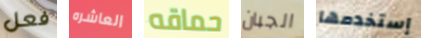
فعل العاشره حماقه الجبان إستخدمها